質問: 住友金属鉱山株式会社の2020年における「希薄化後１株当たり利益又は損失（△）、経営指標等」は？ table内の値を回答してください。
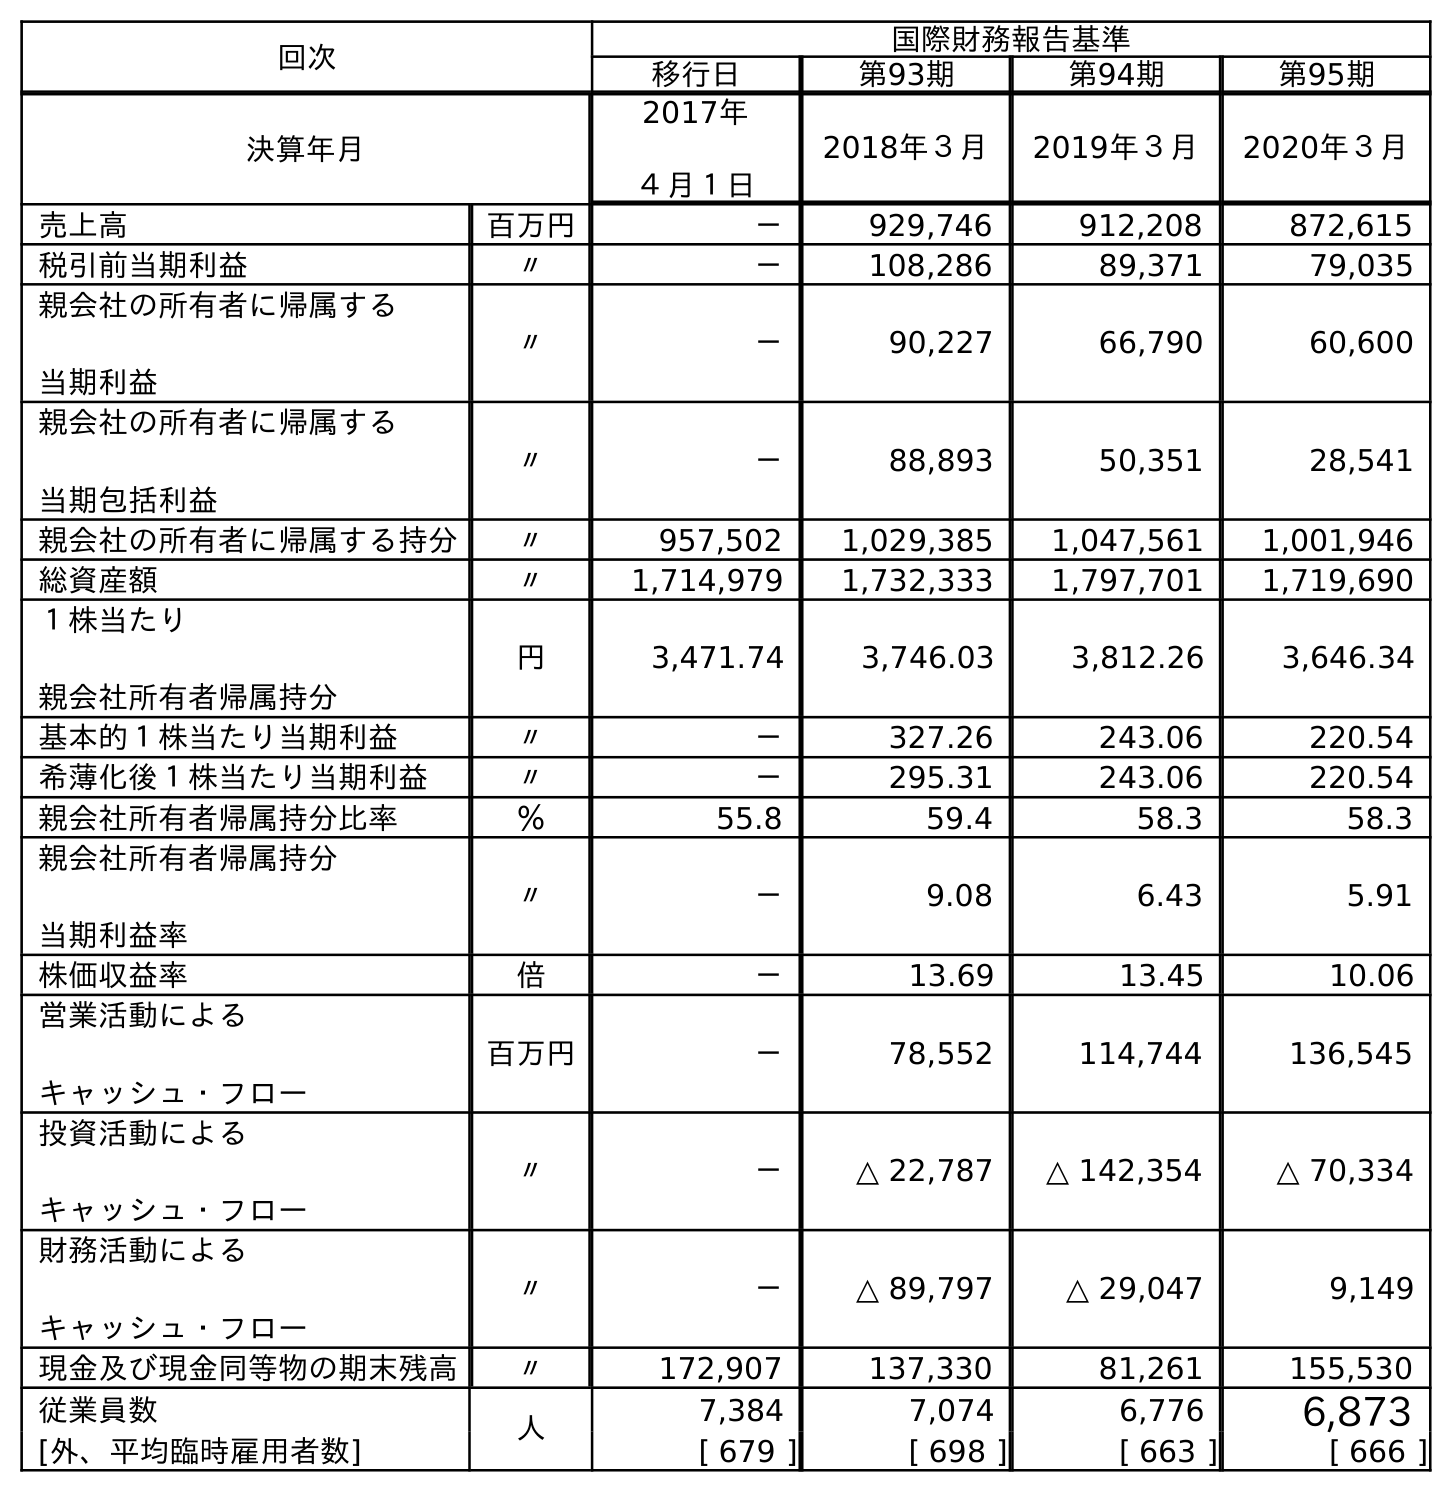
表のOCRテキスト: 回次 国際財務報告基準 移行日 第93期 第94期 第95期 決算年月 2017年 ４月１日 2018年３月 2019年３月 2020年３月 売上高 百万円 － 929,746 912,208 872,615 税引前当期利益 〃 － 108,286 89,371 79,035 親会社の所有者に帰属する 当期利益 〃 － 90,227 66,790 60,600 親会社の所有者に帰属する 当期包括利益 〃 － 88,893 50,351 28,541 親会社の所有者に帰属する持分 〃 957,502 1,029,385 1,047,561 1,001,946 総資産額 〃 1,714,979 1,732,333 1,797,701 1,719,690 １株当たり 親会社所有者帰属持分 円 3,471.74 3,746.03 3,812.26 3,646.34 基本的１株当たり当期利益 〃 － 327.26 243.06 220.54 希薄化後１株当たり当期利益 〃 － 295.31 243.06 220.54 親会社所有者帰属持分比率 ％ 55.8 59.4 58.3 58.3 親会社所有者帰属持分 当期利益率 〃 － 9.08 6.43 5.91 株価収益率 倍 － 13.69 13.45 10.06 営業活動による キャッシュ・フロー 百万円 － 78,552 114,744 136,545 投資活動による キャッシュ・フロー 〃 － △ 22,787 △ 142,354 △ 70,334 財務活動による キャッシュ・フロー 〃 － △ 89,797 △ 29,047 9,149 現金及び現金同等物の期末残高 〃 172,907 137,330 81,261 155,530 従業員数 人 7,384 7,074 6,776 6,873 [外、平均臨時雇用者数] [ 679 ] [ 698 ] [ 663 ] [ 666 ]
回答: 220.54